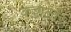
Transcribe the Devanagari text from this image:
कड्डालोर